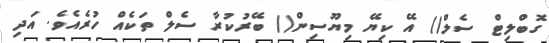
ގޮބްލިޓް ސެލް() އޭ ކިޔޭ މިޔޫސިން() ބޭރުކުރާ ސެލް ތަކެއް ހުރެއެވެ. އަދި